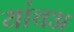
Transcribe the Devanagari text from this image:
यांचअ